Civil Veterinary Dept. Assam report 1927-50 - 1927-1950
Year: 1927
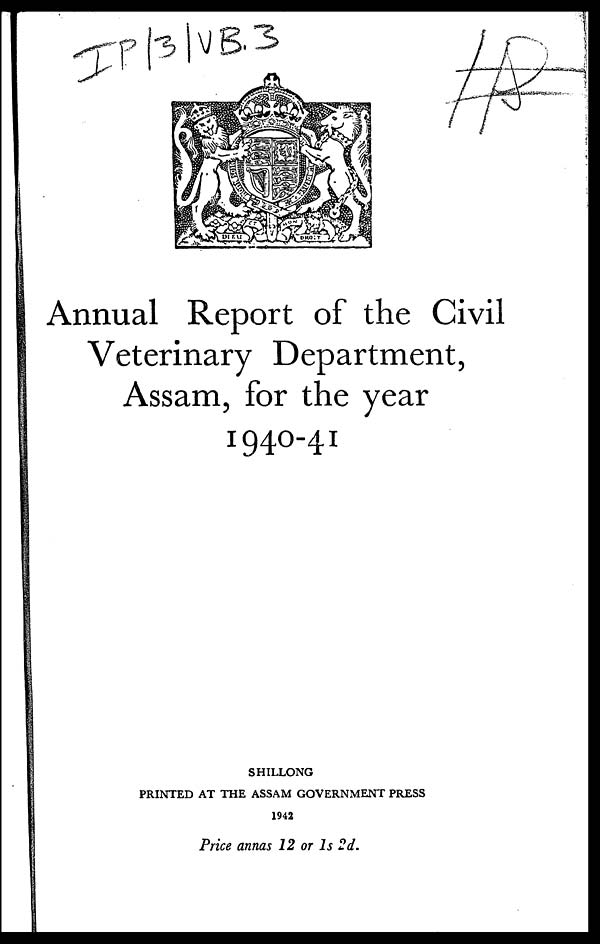
Annual Report of the Civil
Veterinary Department,
Assam, for the year
1940-41
SHILLONG
PRINTED AT THE ASSAM GOVERNMENT PRESS
1942
Price annas 12 or 1s 2d.